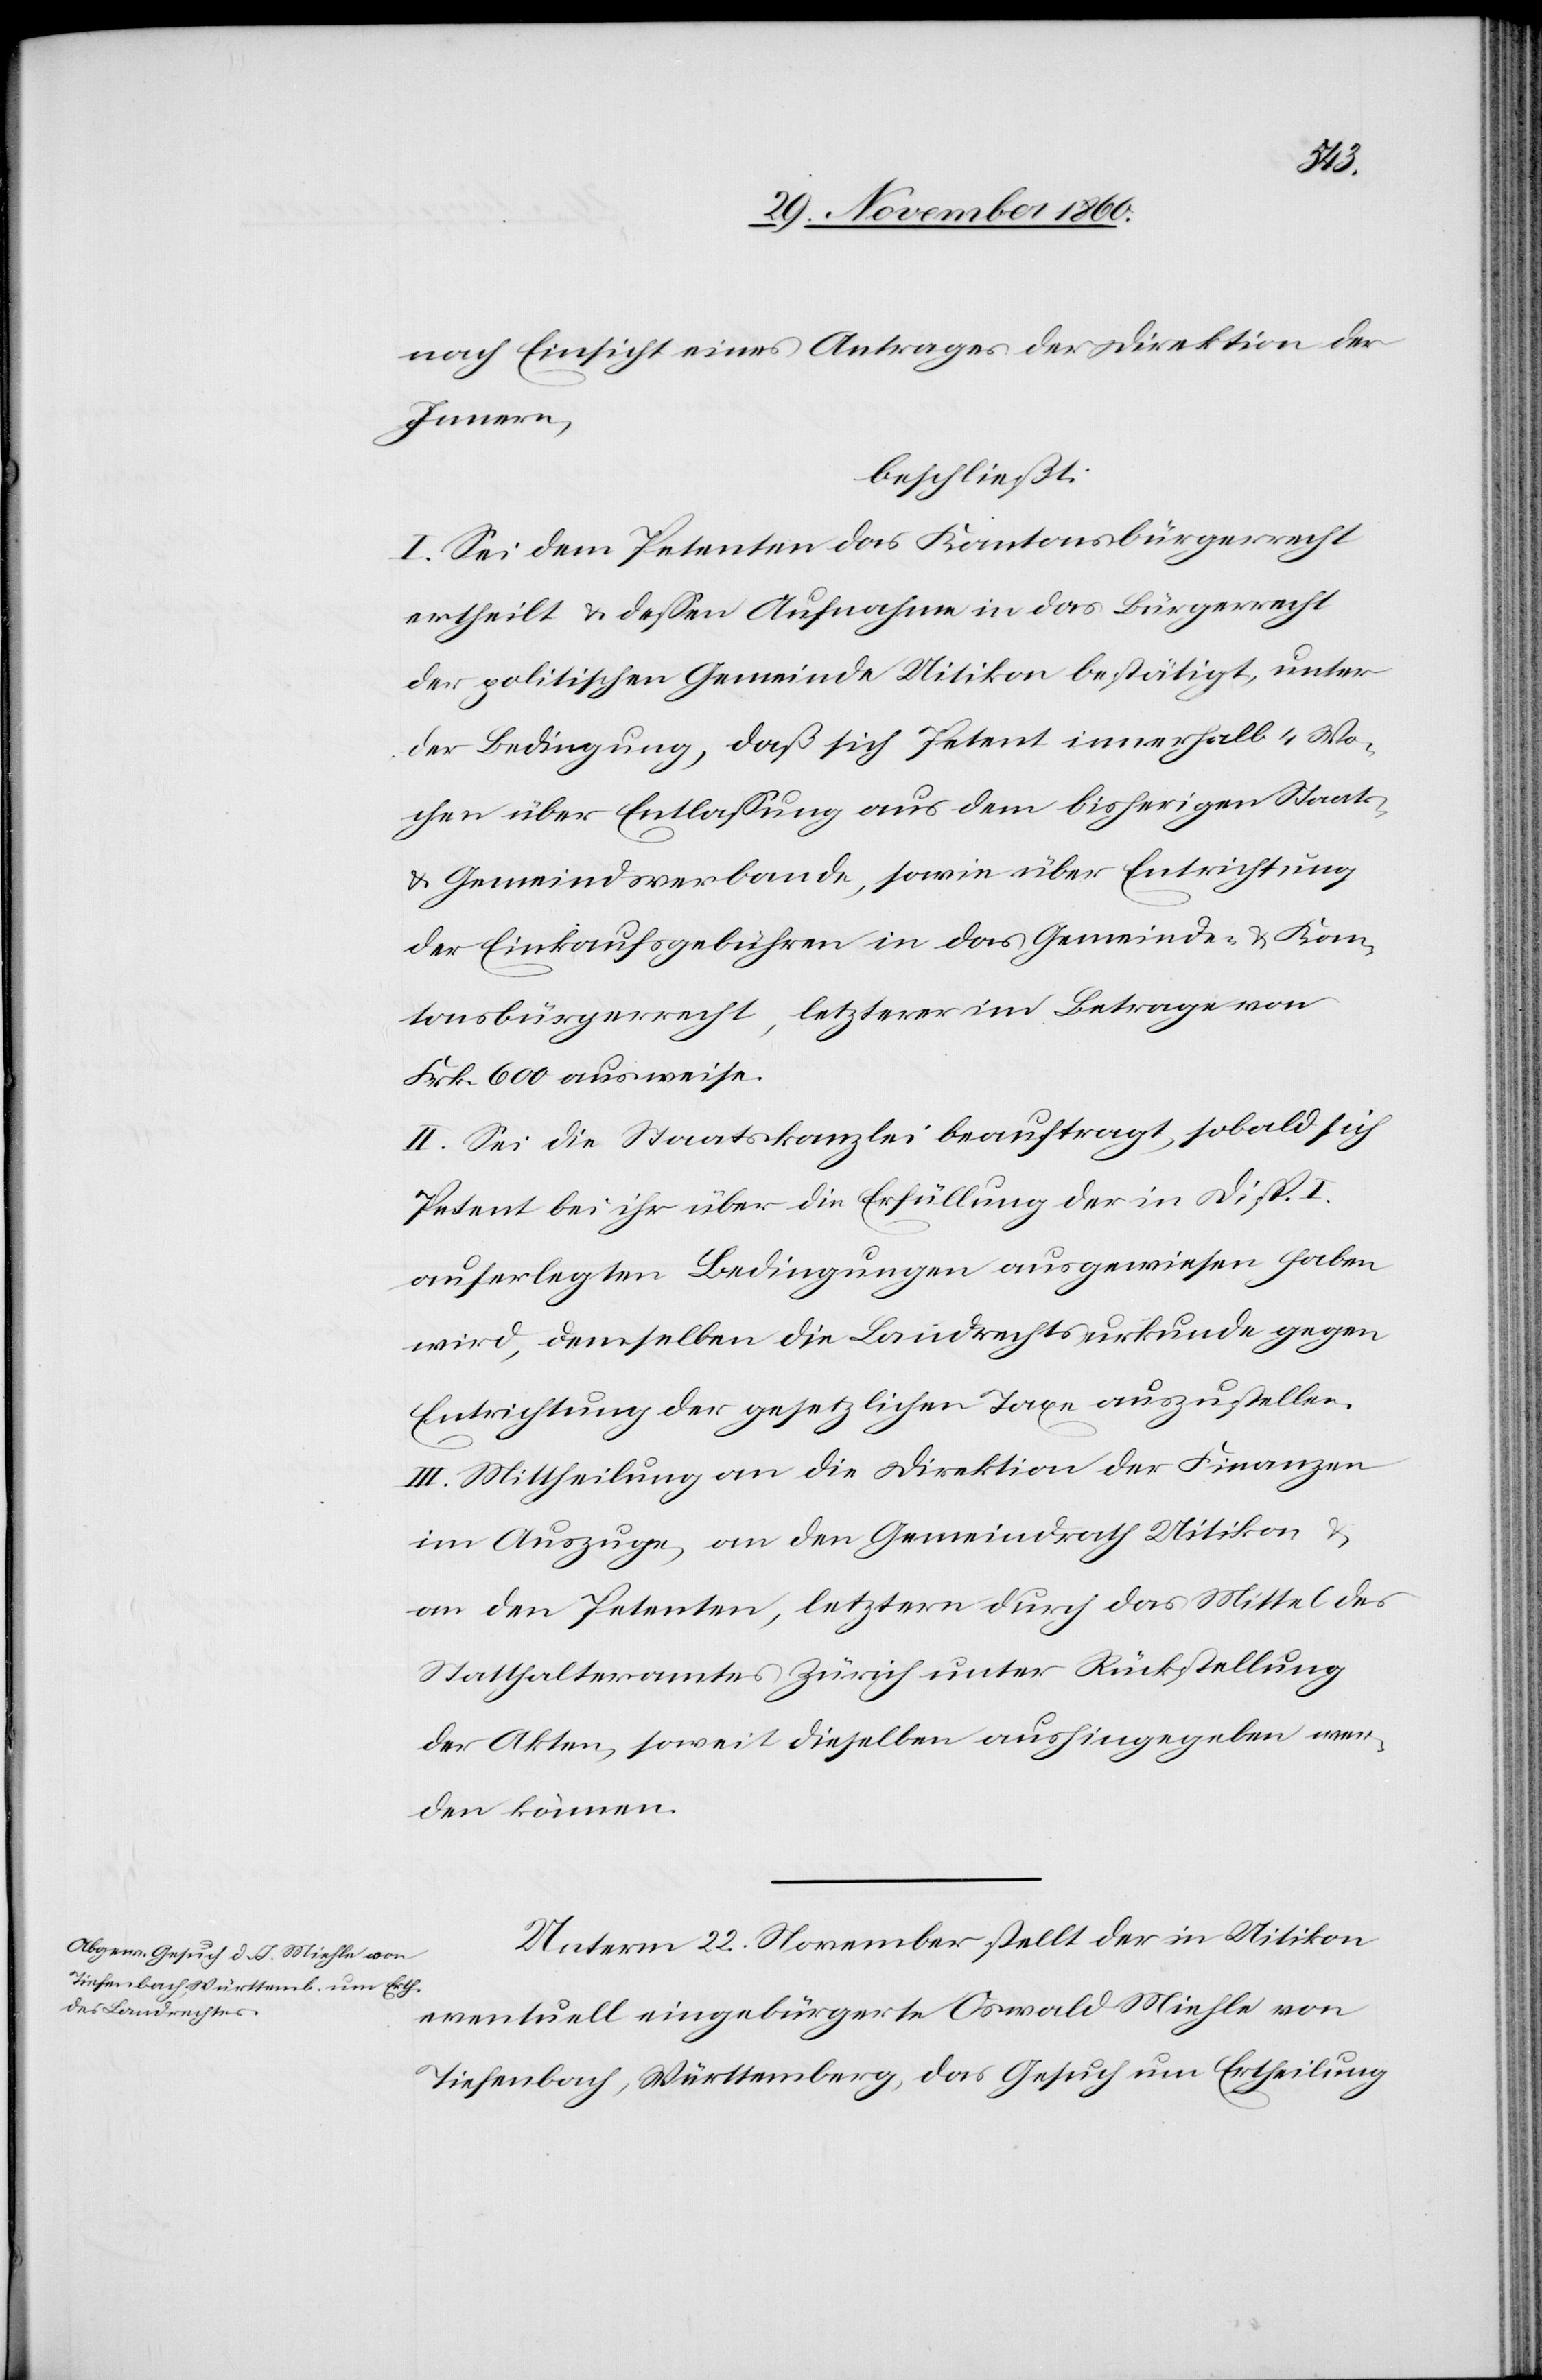
u.
nach Einsicht eines Antrages der Direktion des
Innern,
beschließt:
I. Sei dem Petenten das Kantonsbürgerrecht
ertheilt u. dessen Aufnahme in das Bürgerrecht
der politischen Gemeinde Uitikon bestätigt, unter
der Bedingung, daß sich Petent innerhalb 4 Wo¬
chen über Entlassung aus dem bisherigen Staats-
u. Gemeindsverbande, sowie über Entrichtung
der Einkaufsgebühren in das Gemeinde- u. Kan¬
tonsbürgerrecht, letzterer im Betrage von
Frk. 600 ausweise.
II. Sei die Staatskanzlei beauftrag, sobald sich
Petent bei ihr über die Erfüllung der in Disp. I.
auferlegten Bedingungen ausgewiesen haben
wird, demselben die Landrechtsurkunde gegen
Entrichtung der gesetzlichen Taxe auszustellen.
an den Petenten, letztern durch das Mittel des
Statthalteramtes Zürich unter Rückstellung
der Akten, soweit dieselben aushingegeben wer¬
den können.
Unterm 22. November stellt der in Uitikon
eventuell eingebürgerte Oswald Miehle von
Tiefenbach, Württemberg, das Gesuch um Ertheilung